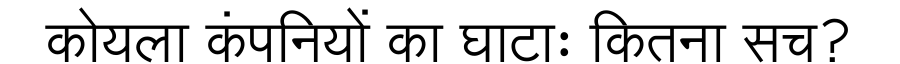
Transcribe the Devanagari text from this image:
कोयला कंपनियों का घाटाः कितना सच?